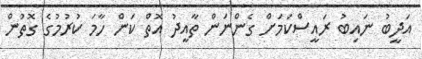
އަދީބު ނައިބު ރައީސްކަމަށް ގެންނަން ތާއީދު އޮތް ކަން ހާމަ ކުރުމުގެ ގޮތުން